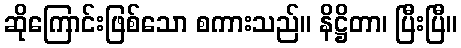
ဆိုကြောင်းဖြစ်သော စကားသည်။ နိဋ္ဌိတာ၊ ပြီးပြီ။